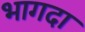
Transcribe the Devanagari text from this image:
भागदा